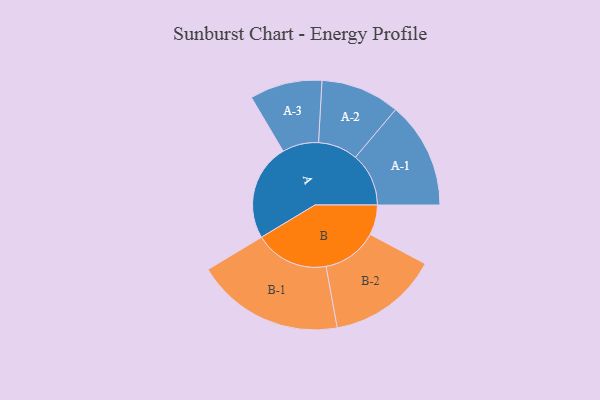
{"axis": {"x": "Segment", "y": "Value"}, "legend": ["", "A", "B"], "data": [{"x": "A", "y": 345, "type": ""}, {"x": "B", "y": 107, "type": ""}, {"x": "A-1", "y": 190, "type": "A"}, {"x": "A-2", "y": 141, "type": "A"}, {"x": "A-3", "y": 129, "type": "A"}, {"x": "B-1", "y": 264, "type": "B"}, {"x": "B-2", "y": 197, "type": "B"}]}